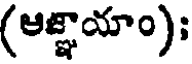
(ఆజ్ఞాయాం);